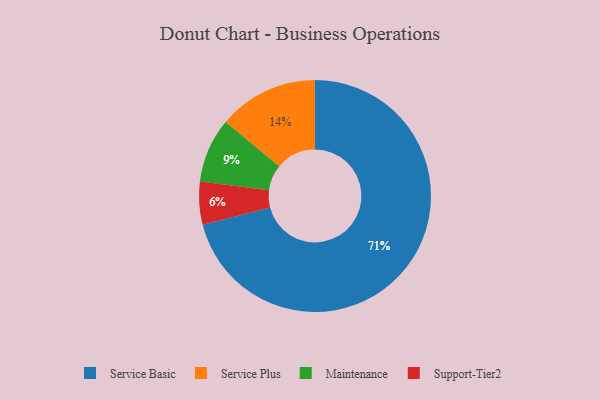
{"axis": {"x": "Category", "y": "Percentage"}, "legend": ["Maintenance", "Service Basic", "Service Plus", "Support-Tier2"], "data": [{"x": "Support-Tier2", "y": 6, "type": "Support-Tier2"}, {"x": "Maintenance", "y": 9, "type": "Maintenance"}, {"x": "Service Plus", "y": 14, "type": "Service Plus"}, {"x": "Service Basic", "y": 71, "type": "Service Basic"}]}